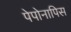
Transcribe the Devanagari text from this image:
पेपोनापिस